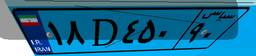
۱۸D۴۵۰۹۰